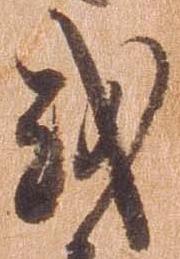
或